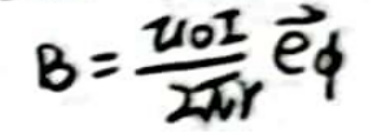
$B = \frac{\mu _ { 0 } I}{2 \pi r} \hat { e } _ { \phi }$